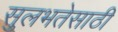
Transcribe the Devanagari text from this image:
सुलभतेसाठी